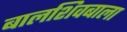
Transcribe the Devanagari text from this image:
बालशिवबाला